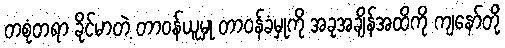
တစုံတရာ ခိုင်မာတဲ့ တာဝန်ယူမှု တာဝန်ခံမှုကို အခုအချိန်အထိကို ကျနော်တို့